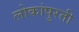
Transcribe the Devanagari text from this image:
लोकांपुरती